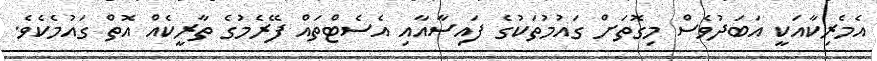
އެމެރިކާއަކީ އަބަދުވެސް މިގޮތަށް ގައުމުތަކުގެ ފައިސާއާއި އެސެޓްތައް ފޭރެމުގެ ތާރީކެއް އޮތް ގައުމެކެވެ.